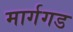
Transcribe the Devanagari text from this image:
मार्गगड